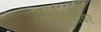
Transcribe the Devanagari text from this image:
पार्स्वभूमीवर